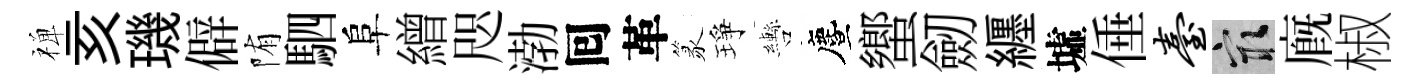
禅亥璣僻陏駟阜繒咫渤囘革篆琤轡󵨌蠁劒纒墟倕台冣廐椒